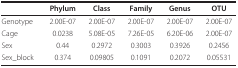
|  | Phylum | Class | Family | Genus | OTU |
 | --- | --- | --- | --- | --- | --- |
 | Genotype | 2.00E-07 | 2.00E-07 | 2.00E-07 | 2.00E-07 | 2.00E-07 |
 | Cage | 0.0238 | 5.08E-05 | 7.26E-05 | 6.20E-06 | 2.00E-07 |
 | Sex | 0.44 | 0.2972 | 0.3003 | 0.3926 | 0.2456 |
 | Sex_block | 0.374 | 0.09805 | 0.1091 | 0.2072 | 0.05531 |